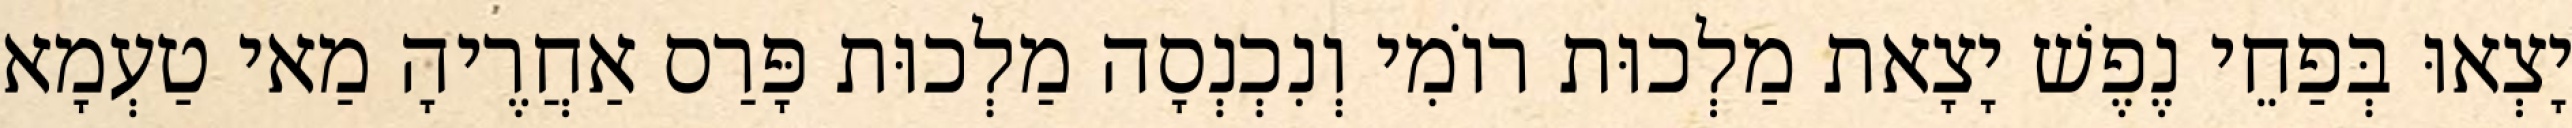
יָצְאוּ בְּפַחֵי נֶפֶשׁ יָצָאת מַלְכוּת רוֹמִי וְנִכְנְסָה מַלְכוּת פָּרַס אַחֲרֶיהָ מַאי טַעְמָא